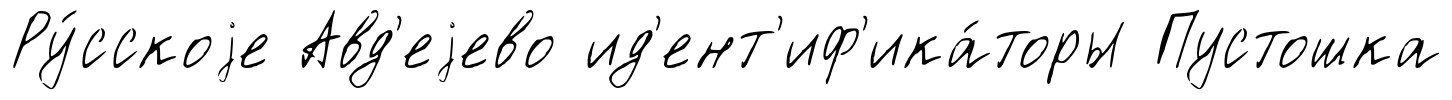
Ру́сскоjе Авд'еjево ид'ент'иф'ика́торы Пустошка